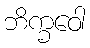
ဘိက္ခဝေါ